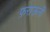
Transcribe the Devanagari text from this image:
फ़राऊनी